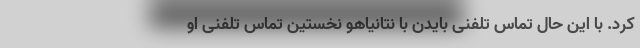
کرد. با این حال تماس تلفنی بایدن با نتانیاهو نخستین تماس تلفنی او